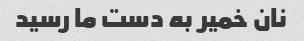
نان خمیر به دست ما رسید